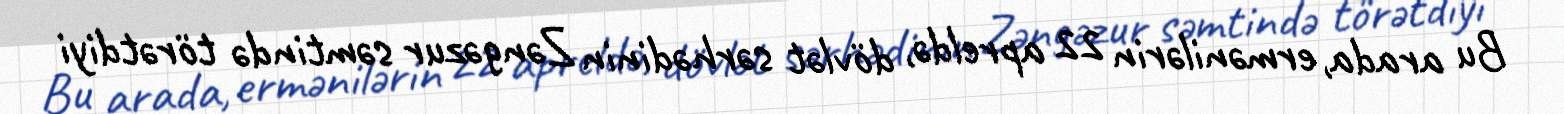
Bu arada, ermənilərin 22 apreldə, dövlət sərhədinin Zəngəzur səmtində törətdiyi